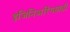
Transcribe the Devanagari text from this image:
इंजिनिअरिंगसाठी